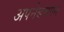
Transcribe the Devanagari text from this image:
अपनेबचपन